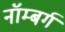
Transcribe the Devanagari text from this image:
नॉम्बर्ग